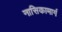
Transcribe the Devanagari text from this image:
नासिकामार्ग